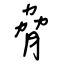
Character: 脅